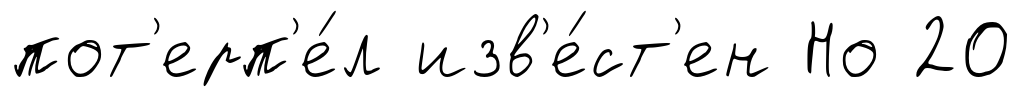
пот'ерп'е́л изв'е́ст'ен Но 20